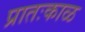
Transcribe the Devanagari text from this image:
प्रातःकाळ